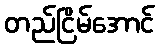
တည်ငြိမ်အောင်